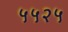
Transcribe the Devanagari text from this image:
५५२५